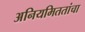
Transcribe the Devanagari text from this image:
अनियमिततांचा